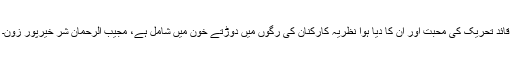
قائد تحریک کی محبت اور ان کا دیا ہوا نظریہ کارکنان کی رگوں میں دوڑتے خون میں شامل ہے، مجیب الرحمان شر خیرپور زون۔